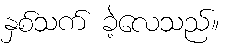
နှစ်သက် ခဲ့လေသည်။